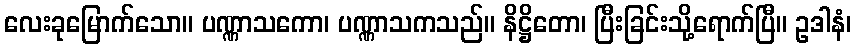
လေးခုမြောက်သော။ ပဏ္ဏာသကော၊ ပဏ္ဏာသကသည်။ နိဋ္ဌိတော၊ ပြီးခြင်းသို့ရောက်ပြီ။ ဥဒါနံ၊